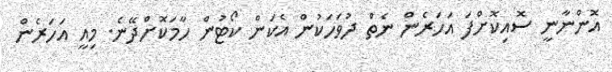
އޮންނާނީ ސޮއިކޮށްފަ އަހަރެން ނެތް ދުވަހަކުން އެކަން ކޯޓުން ހާމަކޮށްދޭނެ. މިއީ އަހަރެން